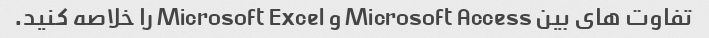
تفاوت های بین Microsoft Access و Microsoft Excel را خلاصه کنید.